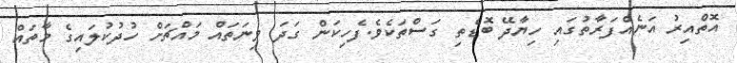
އޮތްއިރު އަނެއްފަރާތުގައި ހިޔާދޭ ބޮޑެތި ގަސްތަކެވެ.ފެހިކަން ގަދަ ވިނަތައް މައްޗަށް ހުދުކުލައިގެ މާތައް